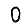
Digit: 0